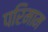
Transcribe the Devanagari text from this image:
परिमाम